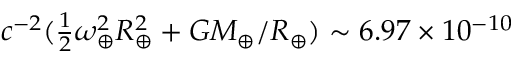
c ^ { - 2 } ( { \textstyle \frac { 1 } { 2 } } \omega _ { \oplus } ^ { 2 } R _ { \oplus } ^ { 2 } + G M _ { \oplus } / R _ { \oplus } ) \sim 6 . 9 7 \times 1 0 ^ { - 1 0 }